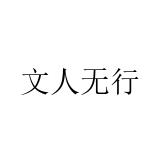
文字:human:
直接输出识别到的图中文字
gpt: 文人无行